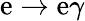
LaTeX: \mathrm{e}\rightarrow\mathrm{e}\gamma